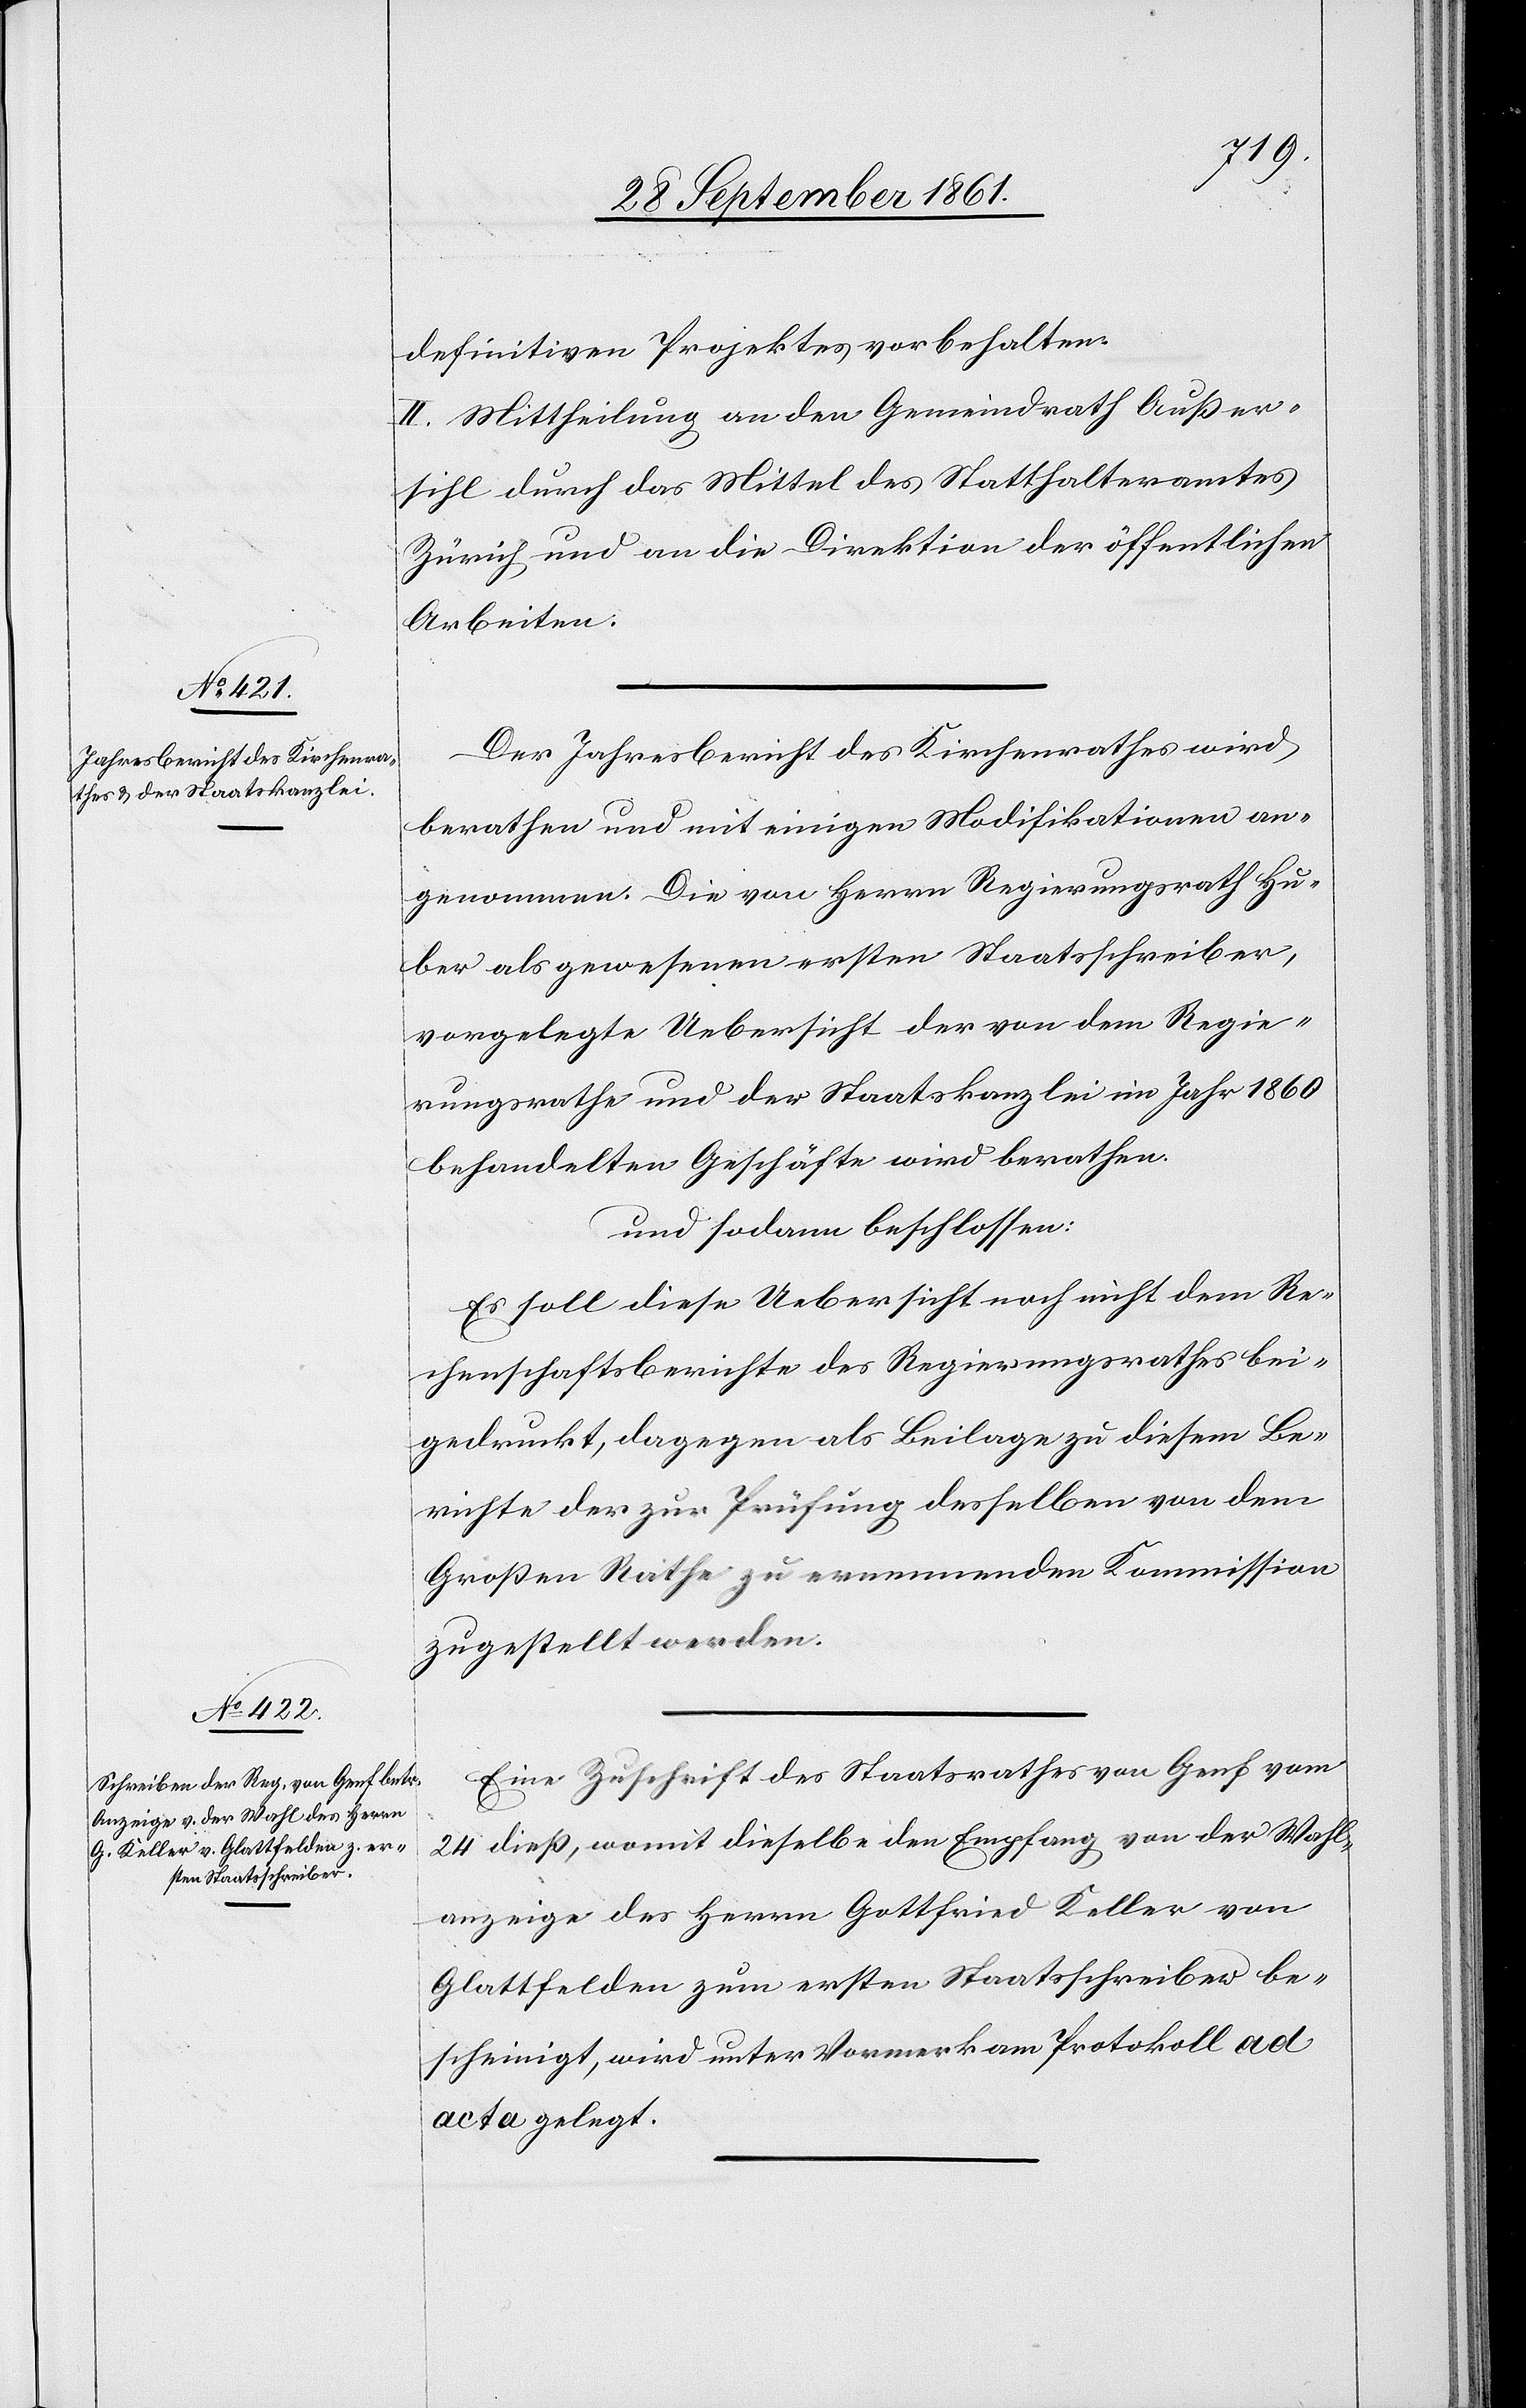
definitiven Projektes vorbehalten.
II. Mittheilung an den Gemeindrath Außer¬
sihl durch das Mittel des Statthalteramtes
Zürich und an die Direktion der öffentlichen
Arbeiten.
Der Jahresbericht des Kirchenrathes wird
berathen und mit einigen Modifikationen an¬
genommen. Die von Herrn Regierungsrath Hu¬
ber als gewesenen ersten Staatsschreiber,
vorgelegte Uebersicht der von dem Regie¬
rungsrathe und der Staatskanzlei im Jahr 1860
behandelten Geschäfte wird berathen.
und sodann beschlossen:
Es soll diese Uebersicht noch nicht dem Re¬
chenschaftsberichte des Regierungsrathes bei¬
gedruckt, dagegen als Beilage zu diesem Be¬
richte der zur Prüfung desselben von dem
Großen Rathe zu ernennenden Kommission
zugestellt werden.
Eine Zuschrift des Staatsrathes von Genf vom
24 dieß, womit dieselbe den Empfang von der Wahl¬
anzeige des Herrn Gottfried Keller von
Glattfelden zum ersten Staatsschreiber be¬
scheinigt, wird unter Vormerk am Protokoll ad
acta gelegt.